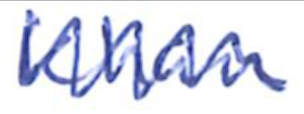
Text: Khan
Cross-out: zig-zag
Writing tool: ballpoint